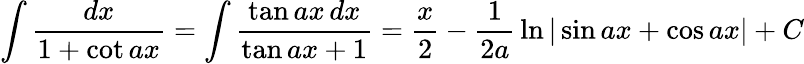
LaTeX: \int{\frac{dx}{1+\cot ax}}=\int{\frac{\tan ax\, dx}{\tan ax+1}}={\frac{x}{2}}-{\frac{1}{2a}}\ln|\sin ax+\cos ax|+C